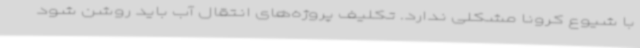
با شیوع کرونا مشکلی ندارد. تکلیف پروژه‌های انتقال آب باید روشن شود